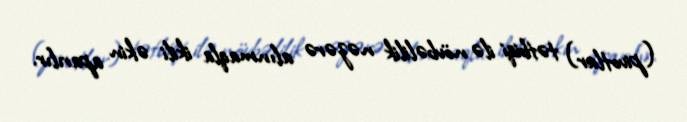
(pivotlar) tətbiqi ilə növbəlilik nəzərə alınmaqla ikili əkin aparılır.